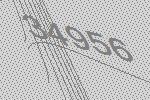
34956